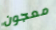
معجون